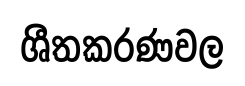
ශීතකරණවල